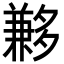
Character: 𡗄